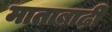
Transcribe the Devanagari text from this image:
माताबाढ़ी